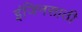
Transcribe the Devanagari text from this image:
इंजिनसाठी